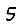
Digit: 5